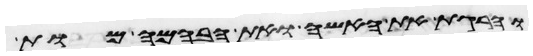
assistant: והרגת את האשה ואת הבהמה מות